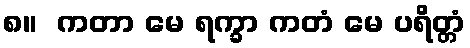
၈။  ကတာ မေ ရက္ခာ ကတံ မေ ပရိတ္တံ